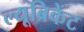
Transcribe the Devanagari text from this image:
ल्यूब्रिकेंट